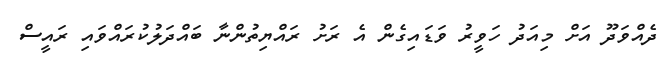
ދެއްވަދޫ އަށް މިއަދު ހަވީރު ވަޑައިގެން އެ ރަށު ރައްޔިތުންނާ ބައްދަލުކުރައްވައި ރައީސް